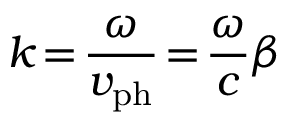
k \! = \! \frac { \omega } { v _ { \mathrm { p h } } } \! = \! \frac { \omega } { c } \beta